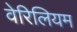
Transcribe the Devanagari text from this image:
वेरिलियम